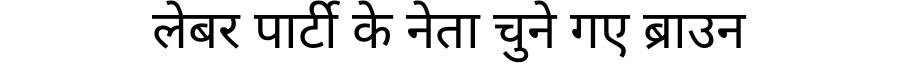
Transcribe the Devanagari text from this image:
लेबर पार्टी के नेता चुने गए ब्राउन